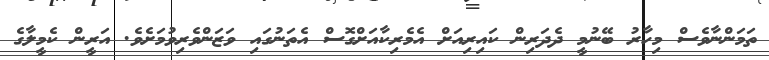
ތަމަންނާވެސް މިހާރު ބޭނުމީ ދެދަރިން ކައިރިއަށް އެމެރިކާއަށްގޮސް އެތަނުގައި ވަޒަންވެރިވުމަށެވެ. އަރީން ކެމީލާގެ